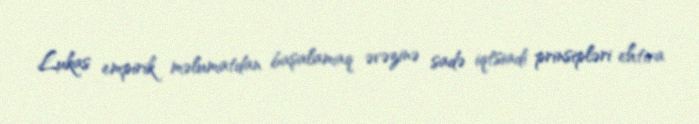
Lukas empirik məlumatdan başalamaq əvəzinə sadə iqtsiadi prinsipləri ehtiva